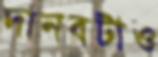
দানবটাও